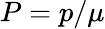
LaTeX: P=p/\mu